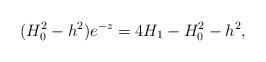
LaTeX: \begin{align*}(H_0^2-h^2)e^{-z}=4H_1-H_0^2-h^2,\end{align*}